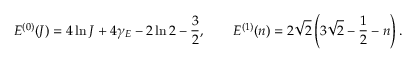
{ \cal E } ^ { ( 0 ) } ( J ) = 4 \ln J + 4 \gamma _ { E } - 2 \ln 2 - \frac { 3 } { 2 } , \qquad { \cal E } ^ { ( 1 ) } ( n ) = 2 \sqrt { 2 } \left( 3 \sqrt { 2 } - \frac { 1 } { 2 } - n \right) .